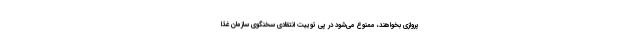
پروازی بخواهند، ممنوع می‌شود در پی توییت انتقادی سخنگوی سازمان غذا